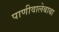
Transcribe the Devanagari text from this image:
पाणीवालेबाबा